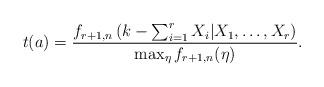
LaTeX: \begin{align*} t(a) = \frac{ f_{r+1,n}\left(k - \sum_{i=1}^r X_i | X_1, \ldots, X_r \right) }{\max_\eta f_{r+1,n}(\eta) }. \end{align*}